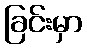
ခြင်းမှာ